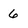
Character: 6